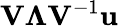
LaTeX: \mathbf{V}\boldsymbol{\Lambda}\mathbf{V}^{-1}\mathbf{u}